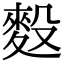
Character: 𪌓